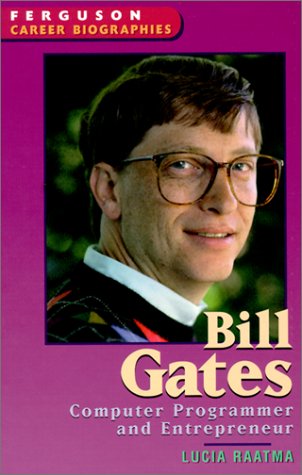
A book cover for Bill Gates (Ferguson Career Biographies); Lucia Raatma; Children's Books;